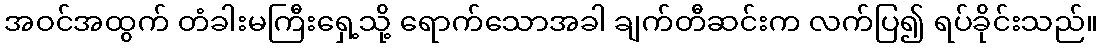
အဝင်အထွက် တံခါးမကြီးရှေ့သို့ ရောက်သောအခါ ချက်တီဆင်းက လက်ပြ၍ ရပ်ခိုင်းသည်။